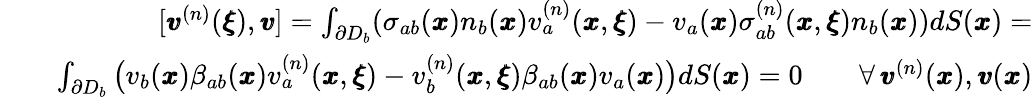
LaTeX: \begin{array}{rlr}&{}&{[{\pmb v}^{(n)}({\pmb\xi}),{\pmb v}]=\int_{\partial D_{b}}(\sigma_{ab}({\pmb x})n_{b}({\pmb x})v_{a}^{(n)}({\pmb x},{\pmb\xi})-v_{a}({\pmb x})\sigma_{ab}^{(n)}({\pmb x},{\pmb\xi})n_{b}({\pmb x}))dS({\pmb x})=}\\ &{}&{\int_{\partial D_{b}}\big(v_{b}({\pmb x}){\beta}_{ab}({\pmb x})v_{a}^{(n)}({\pmb x},{\pmb\xi})-v_{b}^{(n)}({\pmb x},{\pmb\xi}){\beta}_{ab}({\pmb x})v_{a}({\pmb x})\big)dS({\pmb x})=0\qquad{\forall\, {\pmb v}^{(n)}({\pmb x}),{\pmb v}({\pmb x})}}\end{array}